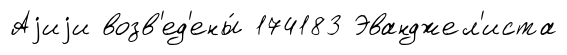
Аjиjи возв'ед'ены́ 174183 Эванджел'иста